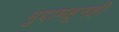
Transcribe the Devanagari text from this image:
मुद्दामहूनही